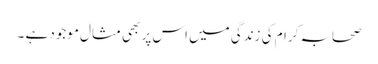
صحابہ کرام کی زندگی میں اس پر بھی مثال موجود ہے ۔